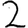
Digit: 2